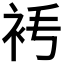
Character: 𧘧